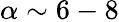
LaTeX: \alpha\sim 6-8